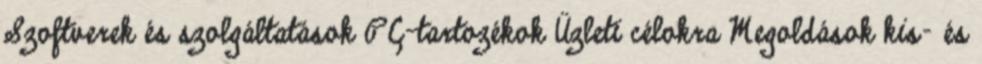
Szoftverek és szolgáltatások PC-tartozékok Üzleti célokra Megoldások kis- és